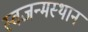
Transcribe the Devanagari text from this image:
स्वजन्मस्थान